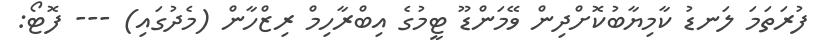
ފުރަތަމަ ލަނޑު ކާމިޔާބުކޮށްދިން ވޭމަންޑޫ ޓީމުގެ އިބްރާހިމް ރިޒްހާން (މެދުގައި) --- ފޮޓޯ: